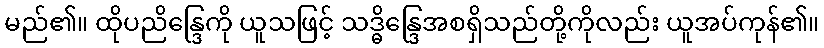
မည်၏။ ထိုပညိန္ဒြေကို ယူသဖြင့် သဒ္ဓိန္ဒြေအစရှိသည်တို့ကိုလည်း ယူအပ်ကုန်၏။